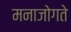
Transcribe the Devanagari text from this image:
मनाजोगते